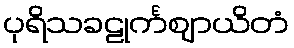
ပုရိသခဠုင်္ကဈာယိတံ